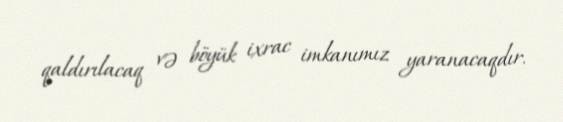
qaldırılacaq və böyük ixrac imkanımız yaranacaqdır.